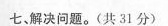
七、解决问题。(共31分)